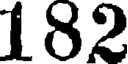
182